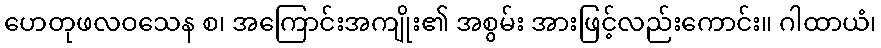
ဟေတုဖလဝသေန စ၊ အကြောင်းအကျိုး၏ အစွမ်း အားဖြင့်လည်းကောင်း။ ဂါထာယံ၊